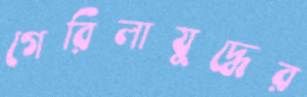
গেরিলাযুদ্ধের